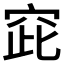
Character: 𱶸